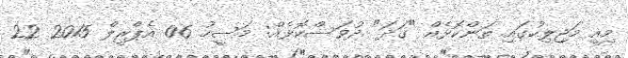
މިއީ މަޖިލިހުގައި ތަންކޮޅެއް "ގަދަ" ދުވަސްކޮޅެއް: މަސީހު 06 އެޕްރީލް 2015 22